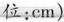
位：cm)